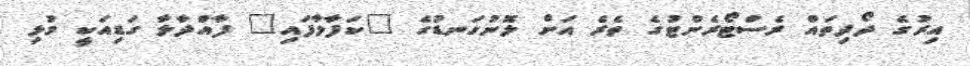
އިރުގެ ދޯދިތައް ރެސްޓޯރެންޓުގެ ތެރެ އަށް ލޮނުގަނޑުގެ "ކަފާލާފައި" ފާއްދާލާ ގަޑިއަކީ މުޅި